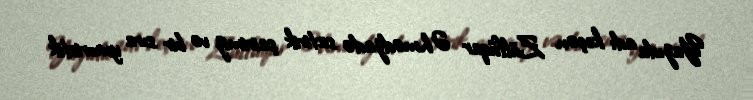
Yazıda adı keçən Zülfüqar Əhmədzadə satirik şairimiz və bir sıra ymoristik